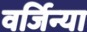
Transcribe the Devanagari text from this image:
वर्जिन्या